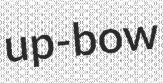
up-bow